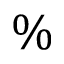
\%